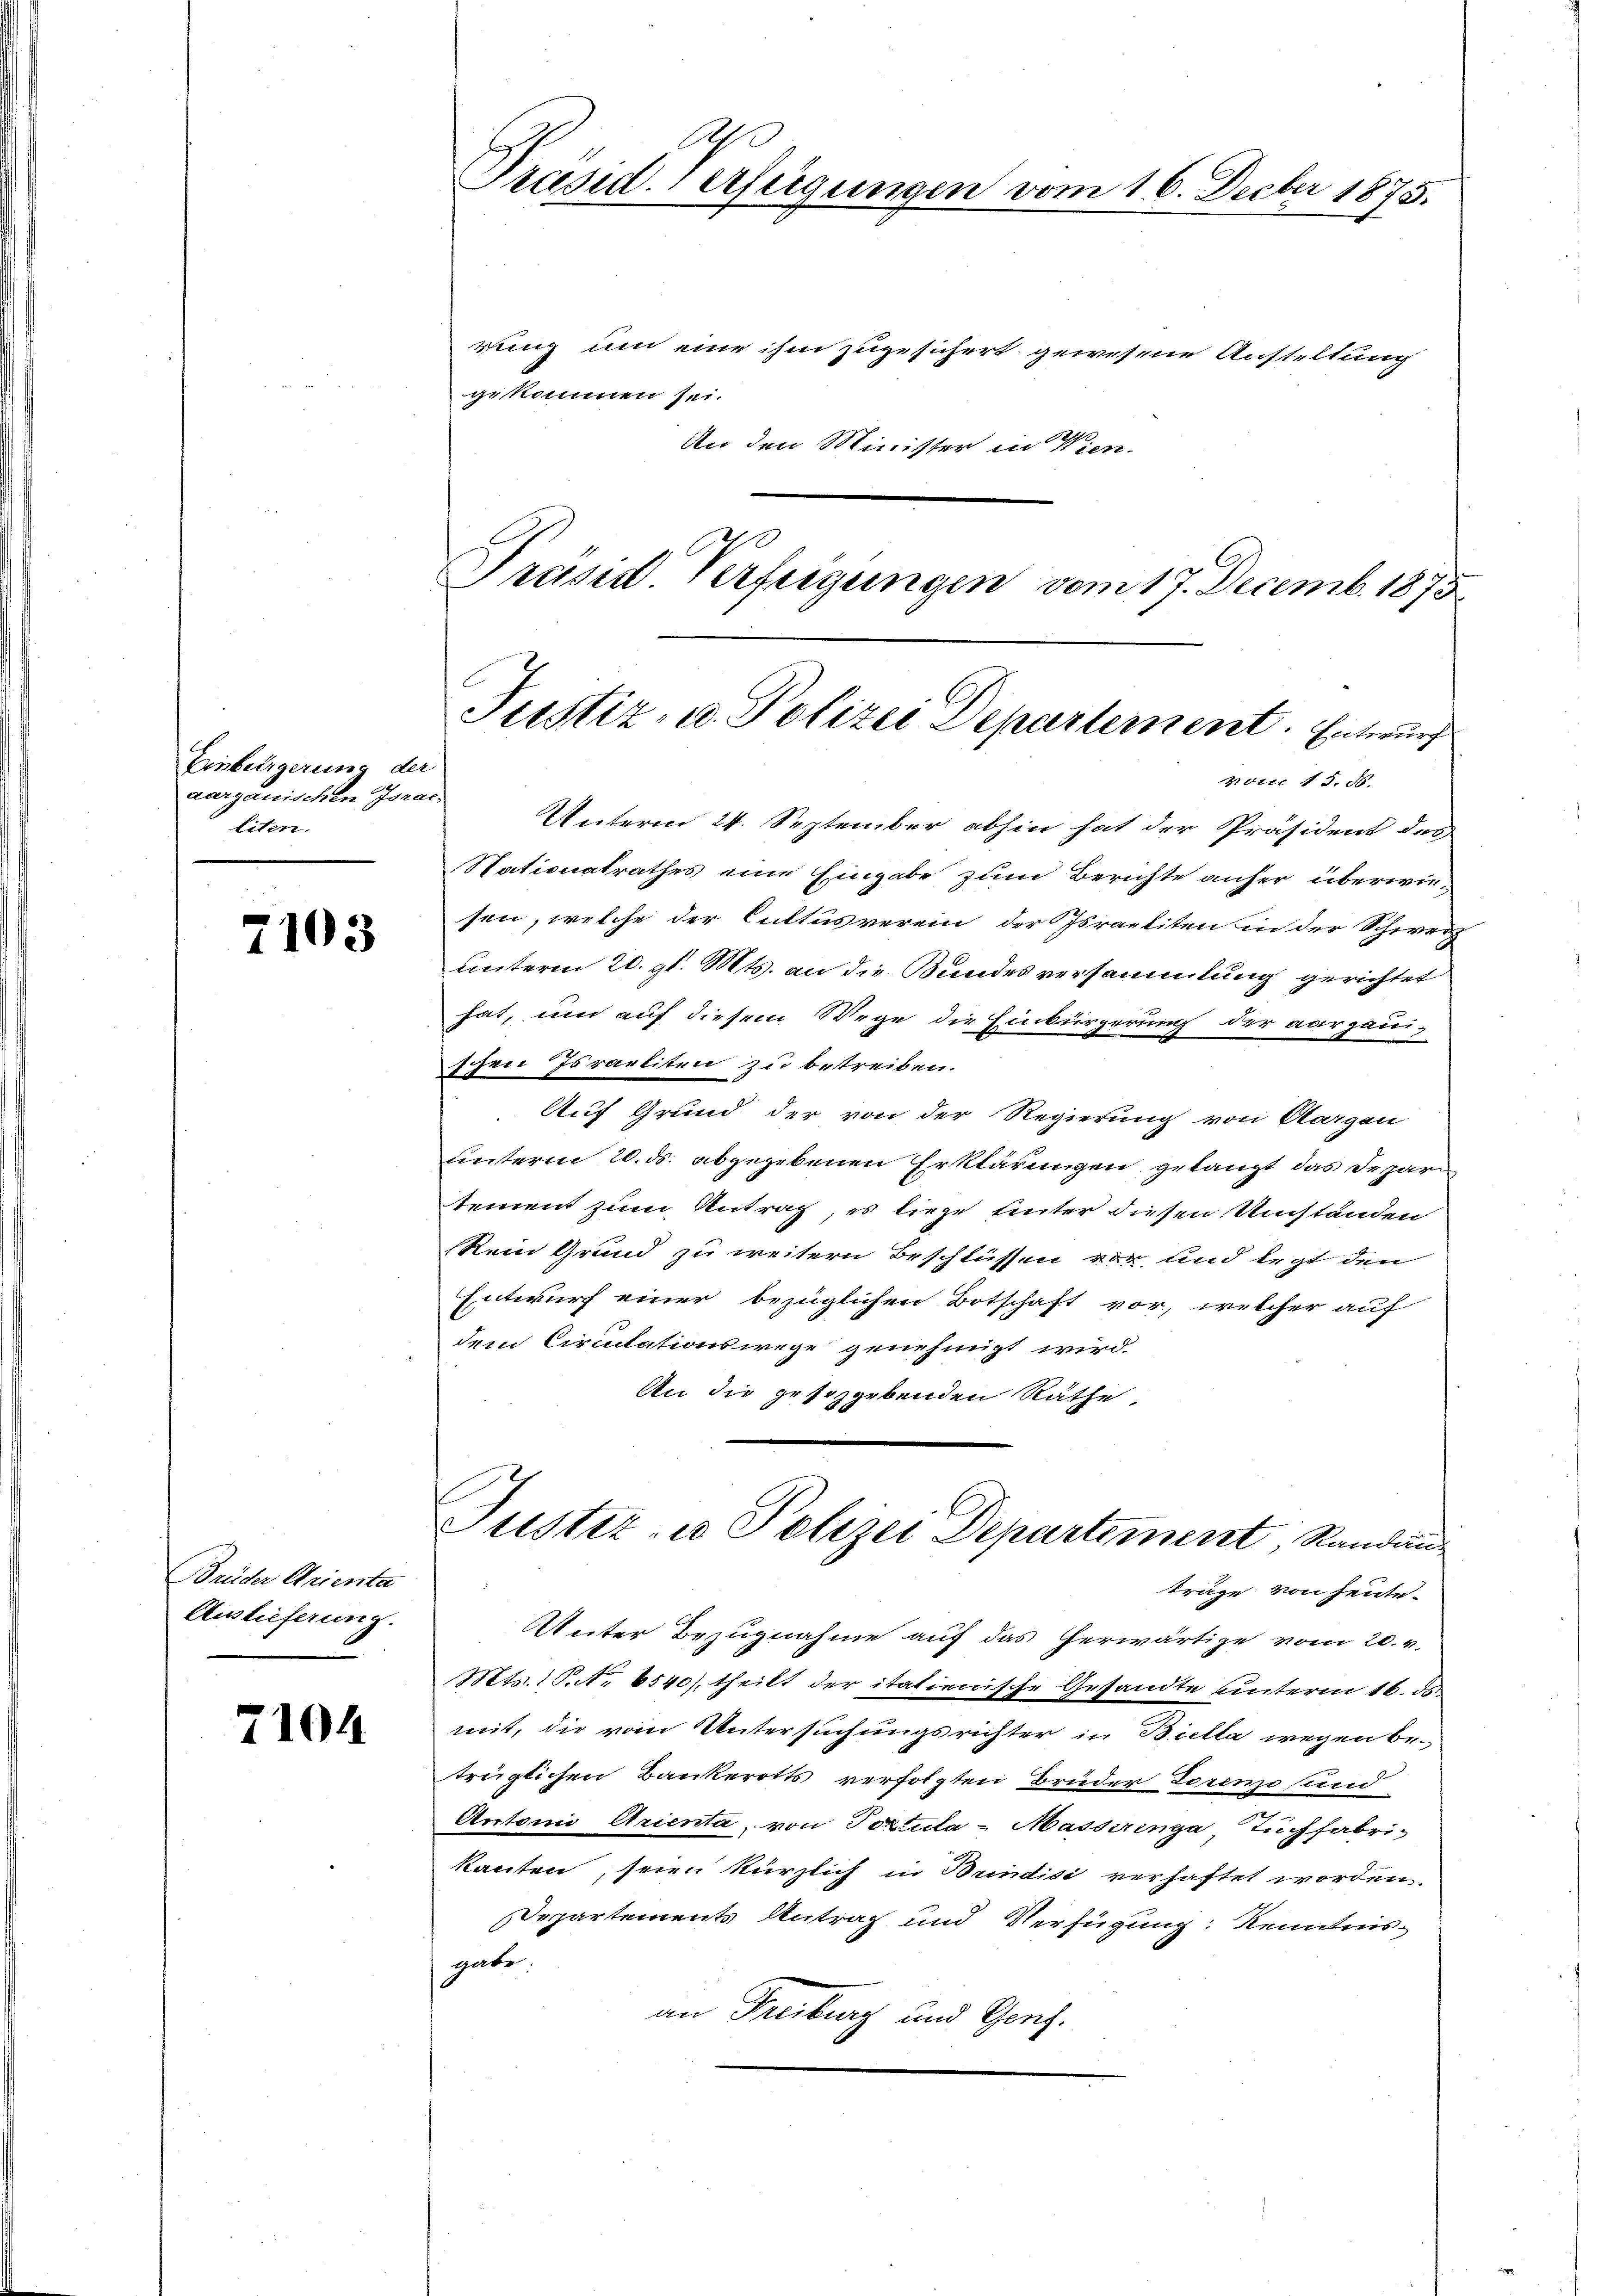
Einbergerung der
aargauischen Israe
liten.

7103

Brüder Grienta
Auslieferung.

2104

Ahe
Präsiderfeigungen vom 16. Feeber 1875.

rung um eine ihm zugesichert gewesene Austeltung
gekommen sei.
An den Minister in Wien.
.
Präsid Verfügungen vom 17. Decemb. 1875

Justiz- u. Polizei Departement. Entwurf

note 1 S. 88.

Unterm 24. September abhin hat der Präsident des
Stationalrathes eine Eingabe zum Berichte anher überwiesen, welche der Cultus verein, der Israeliten in der Schwerz
unterm 20. gl. Mts. an die Bundesversammlung gerichtet
hat, um auf diesem Wege die Einbürgerung der aargauischen Israeliten zu betreiben.
Auf Grund der von der Regierung von Aargau
hinterm 20. ds. abgegebenen Erklärungen gelangt das Departement zum Antrag, es liege hinter diesen Umständen
kein Grund zu weitern Beschlüssen vor, und legt den
Entwurf einer bezüglichen Botschaft vor, welcher auf
dem Circulationswege genehmigt wird.
An die gesetzgebenden Räthe.
Justiz- u Polizei Departement, Randauträge von heute-
Unter Bezugnahme auf das herwärtige vom 20. v.
Mts. S. 6540). theilt der italienische Gesandte unterm 16. ds.
mit, die vom Untersuchungsrichter in Bretta wegen betrüglichen Bankerotts verfolgten Brüder Torenze sind
Antonio Arienta, von Textula- Masserina Tuchfabrikanten, seien kürzlich in Brindisi verhaftet worden.
Departements Antrag und Verfügung Kenntnisgabe.
an Freiburg und Genz¬